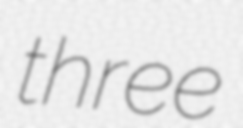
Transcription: three